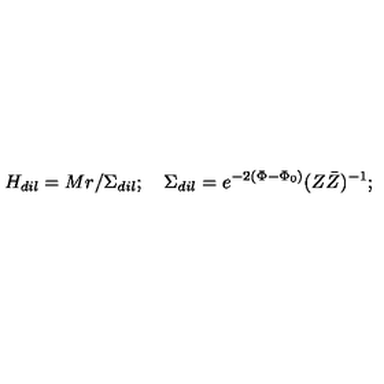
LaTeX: H _ { d i l } = M r / \Sigma _ { d i l } ; \quad \Sigma _ { d i l } = e ^ { - 2 ( \Phi - { \Phi } _ { 0 } ) } ( Z { \bar { Z } } ) ^ { - 1 } ;